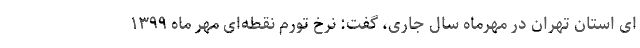
ای استان تهران در مهرماه سال جاری، گفت: نرخ تورم نقطه‌ای مهر ماه ۱۳۹۹